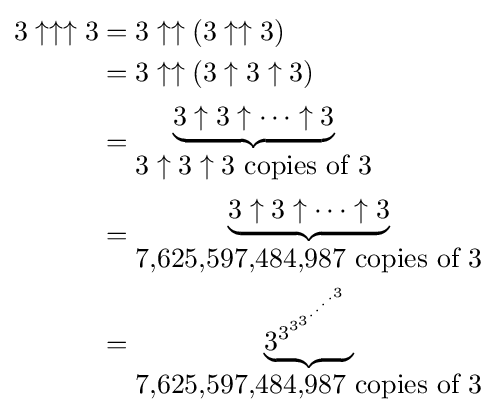
{\begin{aligned}3\uparrow \uparrow \uparrow 3&=3\uparrow \uparrow (3\uparrow \uparrow 3)\\&=3\uparrow \uparrow (3\uparrow 3\uparrow 3)\\&={\begin{matrix}\underbrace {3\uparrow 3\uparrow \cdots \uparrow 3} \\3\uparrow 3\uparrow 3{\mbox{ copies of }}3\end{matrix}}\\&={\begin{matrix}\underbrace {3\uparrow 3\uparrow \cdots \uparrow 3} \\{\mbox{7,625,597,484,987 copies of 3}}\end{matrix}}\\&={\begin{matrix}\underbrace {3^{3^{3^{3^{\cdot ^{\cdot ^{\cdot ^{\cdot ^{3}}}}}}}}} \\{\mbox{7,625,597,484,987 copies of 3}}\end{matrix}}\end{aligned}}